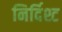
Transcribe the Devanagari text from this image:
निर्दिश्ट